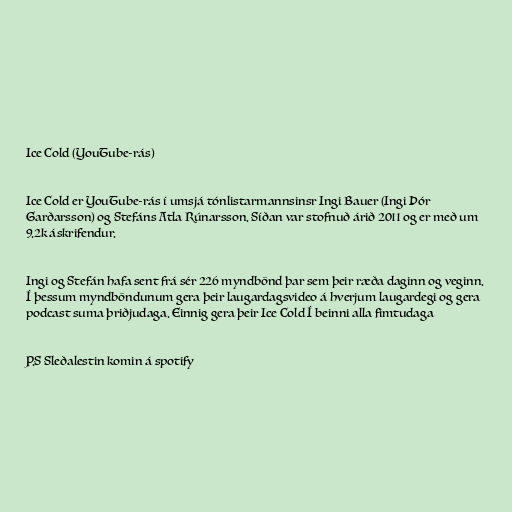
Ice Cold (YouTube-rás)

Ice Cold er YouTube-rás í umsjá tónlistarmannsinsr Ingi Bauer (Ingi Þór
Garðarsson) og Stefáns Atla Rúnarsson. Síðan var stofnuð árið 2011 og er með um
9.2k áskrifendur.

Ingi og Stefán hafa sent frá sér 226 myndbönd þar sem þeir ræða daginn og veginn.
Í þessum myndböndunum gera þeir laugardagsvideo á hverjum laugardegi og gera
podcast suma þriðjudaga. Einnig gera þeir Ice Cold Í beinni alla fimtudaga

P.S Sleðalestin komin á spotify